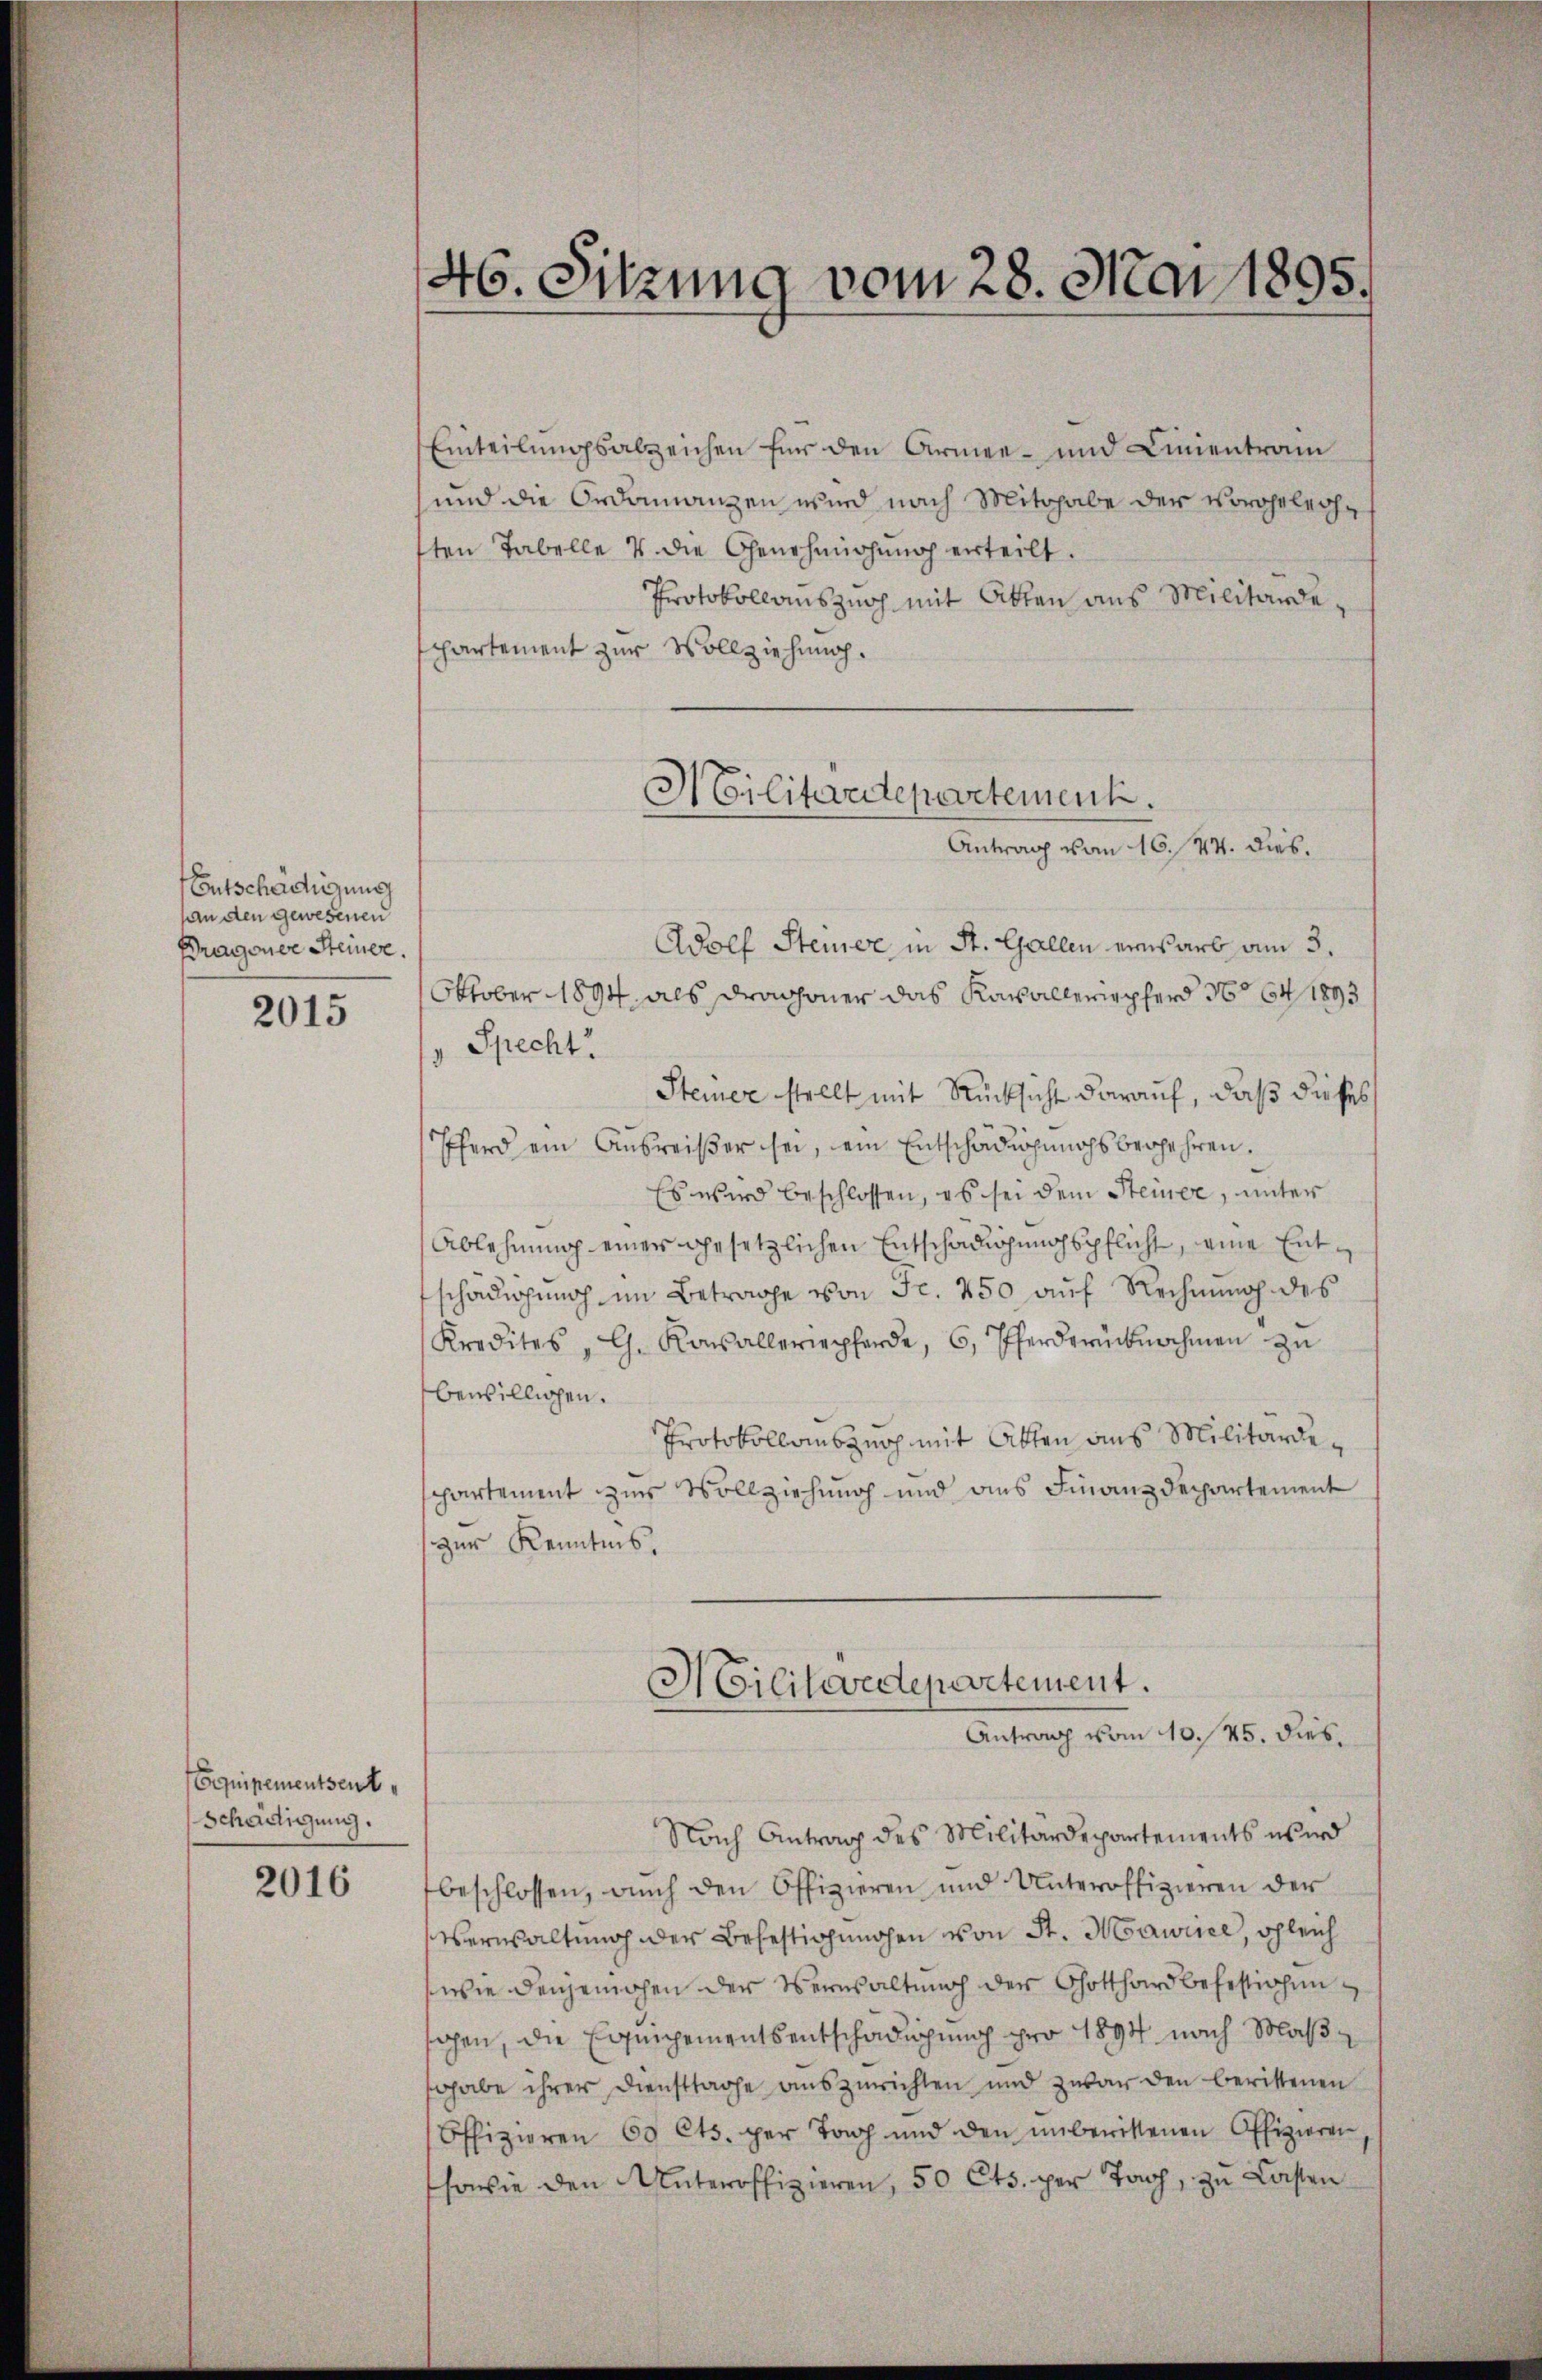
Entschädigung
An den gewesenen
Bragoner Steiner.

2015

(Equipementsent
Schädigung.

2016

46. Sitzung vom 28. Mai 1895.

Einteilungsabzeichen für den Armee- und Linientrain
und die Ordinanzen wird nach Mitthabe der vorgelechsten Tabelle u. die Genehmigŭng erteilt.
Protokollanszuch mit Atten aus Militärdepartement zur Vollziehung.
Adolf Steuer in St. Gallen erwarb am 3.
Oktober 1894 als Dragoner das Kavalleriepferd No 64 1893
Specht.
Steiner stellt mit Rücksicht darauf, daß dieses
Pferd ein Ausreißer sei, ein Entschädigungsbegehren.
Es wird beschlossen, es sei dem Steiner, unter
Ablehnung einer gesetzlichen Entschädigungspflicht, eine Entschädigung im Betrage von Fr. 250 auf Rechnung des
Kredites " G. Rosalleriepferde, 6, Pferdrücknahmen zŭ
bewilligen.
Protokollauszurch mit Atten aus Militärdesppartement zur Vollziehung und aus Finanzdepartement
zur Kenntnis.
Hilitaedepartement.
Antrag vom 10.45. dies
Nach Antrag des Militärdepartements wird
beschlossen, auch den Offizieren und Unteroffizieren der
Verwaltung der Befestigungen von St. Maurice, ogleich
wie denjenigen der Verwaltung der Gotthard befestichen
sahen, die Equipementsentschädigung pro 1894 nach Maßshabe ihrer Dienstsache auszurichten und zwar den berittenen
Offizieren 60 Cts. per Tag und den ŭnberittenen Offizieren,
sowie den Unteroffizieren, 50 Cts. per Tag, zu Lasten

Militärdepartement.
Antrag vom 16. 44. dies.